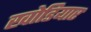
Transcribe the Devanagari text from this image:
खोडियार